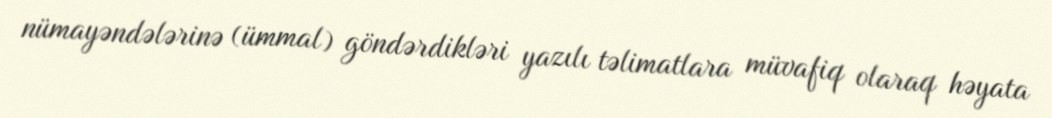
nümayəndələrinə (ümmal) göndərdikləri yazılı təlimatlara müvafiq olaraq həyata